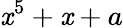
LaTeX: \mathit{x}^{5}+\mathit{x}+a